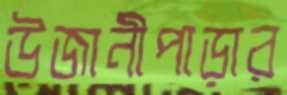
উজানীপাড়ার